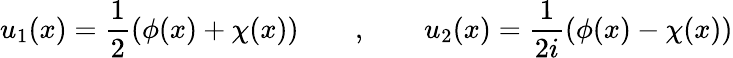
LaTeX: u_{1}(x)=\frac{1}{2}(\phi(x)+\chi(x))\qquad,\qquad u_{2}(x)=\frac{1}{2i}(\phi(x)-\chi(x))